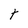
Character: t